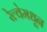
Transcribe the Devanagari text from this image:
रेल्वेमधून